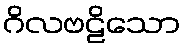
ဂိလဗဠိသော